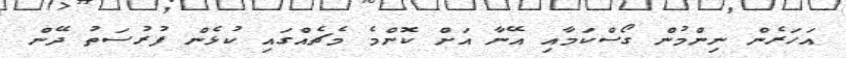
އަހަރެން ނިންމުން ގޯސްކަމާއި އޭނާ އަށް ކޮންމެ މެޗެއްގައި ކުޅެން ފުރުސަތު ދޭން